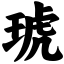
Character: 琥